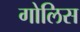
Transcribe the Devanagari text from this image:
गोलिस